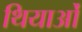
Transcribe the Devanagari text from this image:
थियाओं